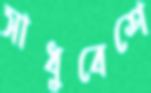
সাধুবেশে